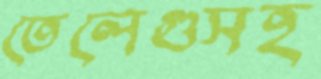
তেলেগুসহ